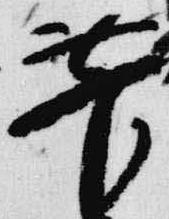
菅